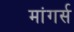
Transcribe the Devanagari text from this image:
मांगर्स